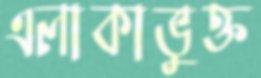
এলাকাভুক্ত